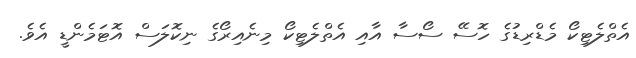
އެތްލެޓިކޯ މެޑްރިޑުގެ ހޮސޭ ސޯސާ އާއި އެތްލެޓިކޯ މިނެއިރޯގެ ނިކޮލަސް އޮޓަމެންޑީ އެވެ.